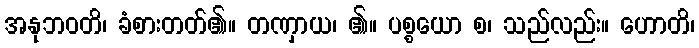
အနုဘဝတိ၊ ခံစားတတ်၏။ တဏှာယ၊ ၏။ ပစ္စယော စ၊ သည်လည်း။ ဟောတိ၊